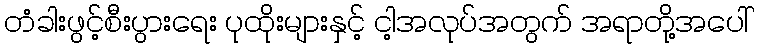
တံခါးဖွင့်စီးပွားရေး ပုထိုးများနှင့် ငါ့အလုပ်အတွက် အရာတို့အပေါ်